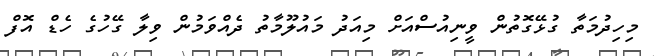
މިހިދުމަތާ ގުޅޭގޮތުން ވީނިއުސްއަށް މިއަދު މައުލޫމާތު ދެެެއްވަމުން ވިލާ ގޭހުގެ ހެޑް އޮފް